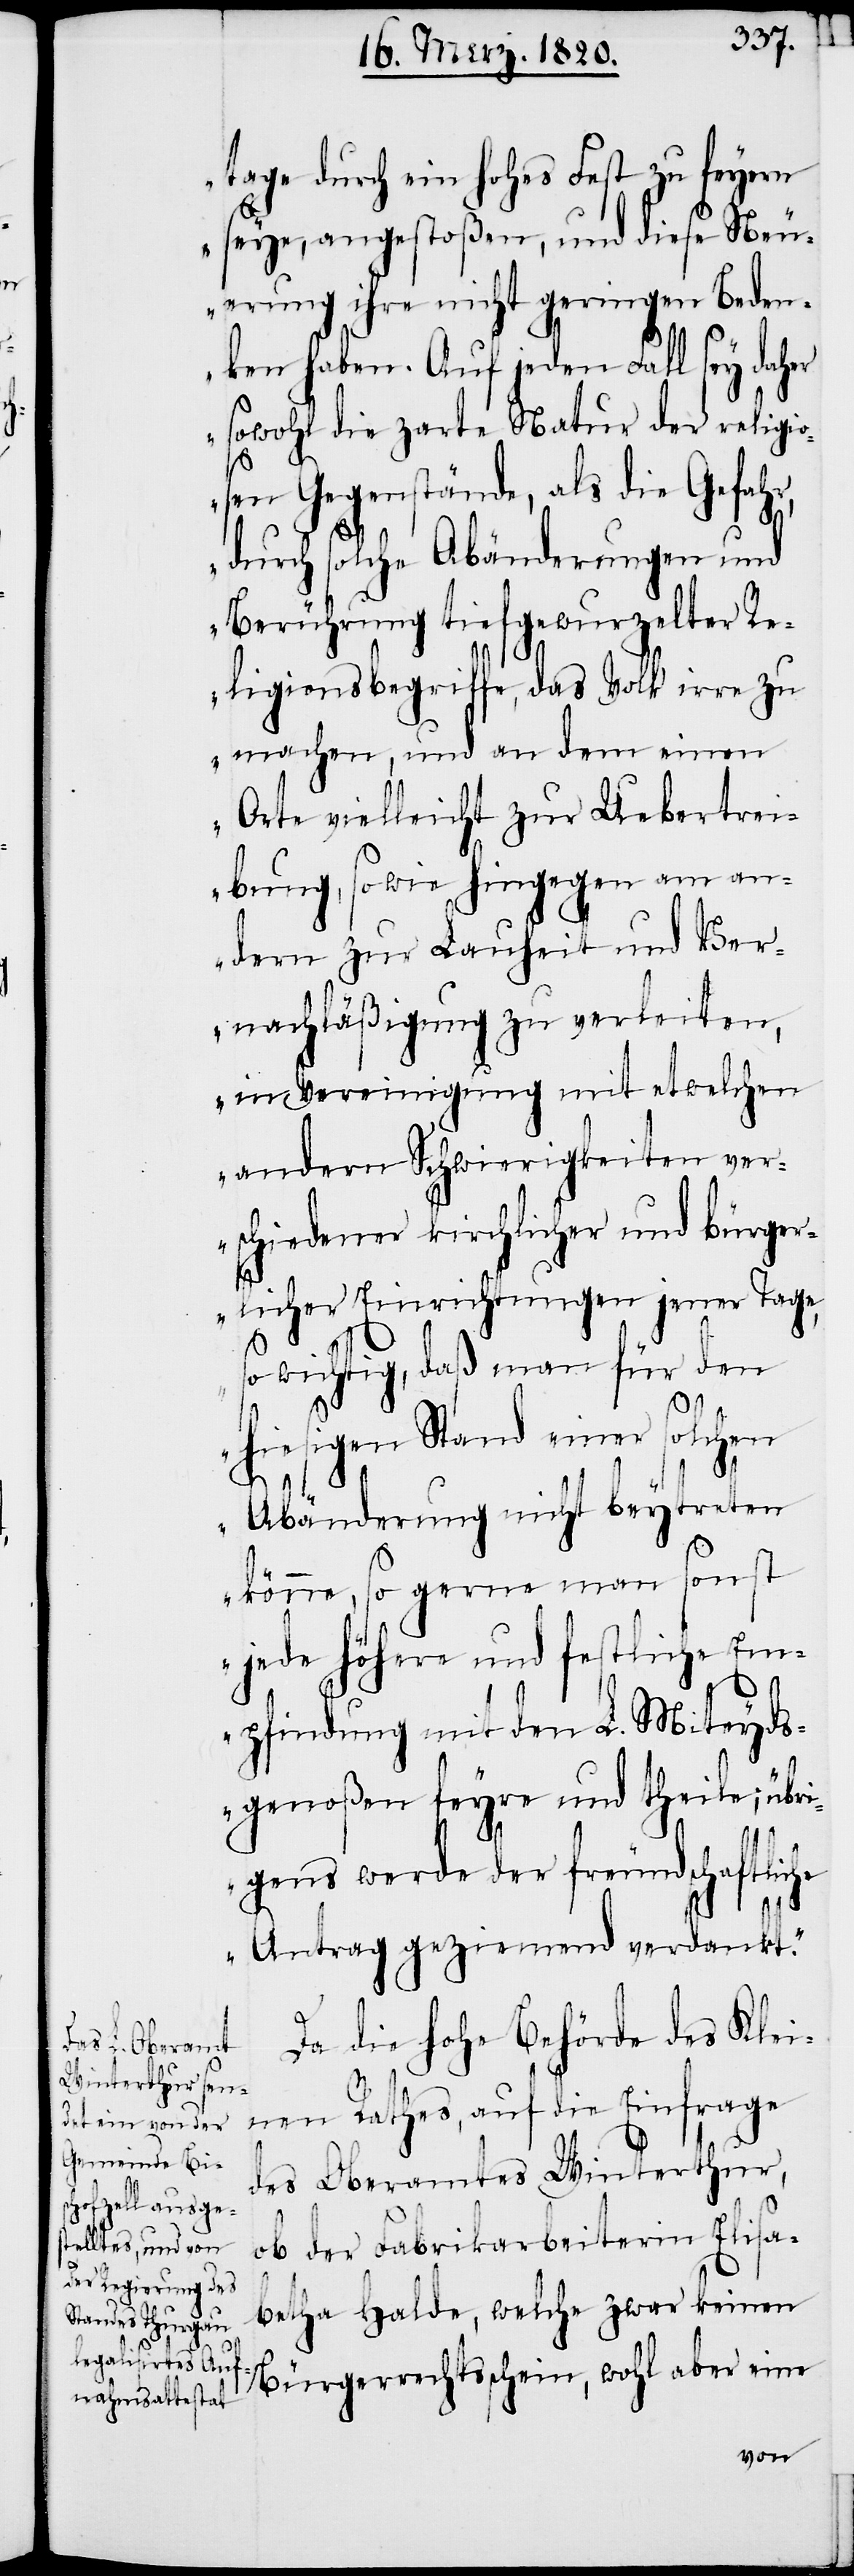
tage durch ein hohes Fest zu feyern
seye, angestoßen, und diese Neu¬
erung ihre nicht geringen Beden¬
ken haben. Auf jeden Fall sey daher
sowohl die zarte Natur der religi¬
osen Gegenstände, als die Gefahr,
durch solche Abänderungen und
Berührung tiefgewurzelter Re¬
ligionsbegriffe, das Volk irre zu
machen, und an dem einen
Orte vielleicht zur Uebertrei¬
bung, sowie hingegen am an¬
dern zur Lauheit und Ver¬
nachläßigung zu verleiten,
in Vereinigung mit etwelchen
andern Schwierigkeiten ver¬
schiedener kirchlicher und bürger¬
licher Einrichtungen jener Tage,
so wichtig, daß man für den
hiesigen Stand einer solchen
Abänderung nicht beytreten
könne, so gerne man sonst
jede höhere und festliche Em¬
pfindung mit den L. Miteyds¬
genoßen feyre und theile; übr¬
igens werde der freundschaftliche
Antrag geziemend verdankt.“
Da die hohe Behörde des Klei¬
nen Rathes, auf die Einfrage
des Oberamtes Winterthur,
ob der Fabrikarbeiterin Elisa¬
betha Halde, welche zwar keinen
Bürgerrechtsschein, wohl aber eine